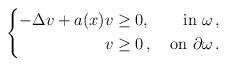
LaTeX: \begin{align*}\left\{\begin{aligned}-\Delta v + a(x)v & \geq 0, & \textup{ in } \omega\,, \\v & \geq 0\,, & \textup{ on } \partial \omega\,. \end{aligned}\right.\end{align*}